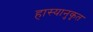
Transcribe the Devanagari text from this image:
हास्यानुकृत